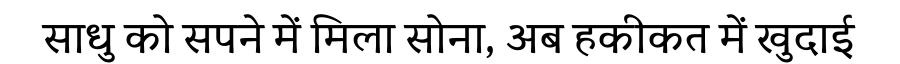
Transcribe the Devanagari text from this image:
साधु को सपने में मिला सोना, अब हकीकत में खुदाई